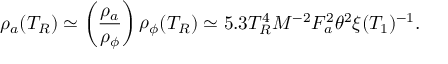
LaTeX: \rho _ { a } ( T _ { R } ) \simeq \left( \frac { \rho _ { a } } { \rho _ { \phi } } \right) \rho _ { \phi } ( T _ { R } ) \simeq 5 . 3 T _ { R } ^ { 4 } M ^ { - 2 } F _ { a } ^ { 2 } \theta ^ { 2 } \xi ( T _ { 1 } ) ^ { - 1 } .